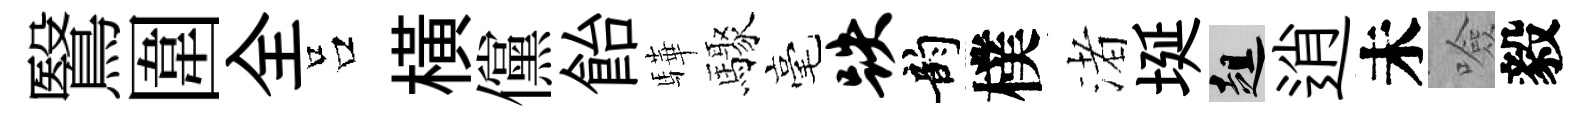
鷖圍全吕横儻飴驊驟毫跌韵樸渚埏趄逍未噞毅